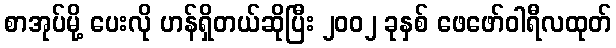
စာအုပ်မို့ ပေးလို ဟန်ရှိတယ်ဆိုပြီး ၂၀၀၂ ခုနှစ် ဖေဖော်ဝါရီလထုတ်